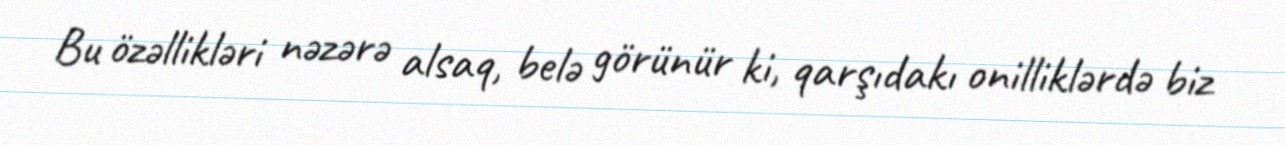
Bu özəllikləri nəzərə alsaq, belə görünür ki, qarşıdakı onilliklərdə biz